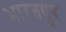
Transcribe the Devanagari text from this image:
भारतपुर